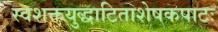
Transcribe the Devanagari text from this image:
स्वशक्तयुद्धाटिताशेषकपाटः